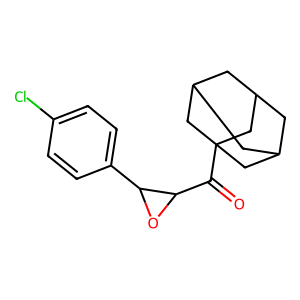
SMILES: O=C(C1OC1c1ccc(Cl)cc1)C12CC3CC(CC(C3)C1)C2
Inhibits HIV replication: No